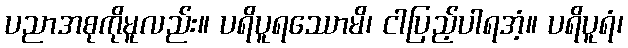
ပညာအစုကိုမူလည်း။ ပရိပူရဿောမိ၊ ငါပြည့်ပါရအံ့။ ပရိပူရံ၊